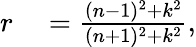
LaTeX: \begin{array}{rl}{r}&{{}=\frac{(n-1)^{2}+k^{2}}{(n+1)^{2}+k^{2}},}\end{array}